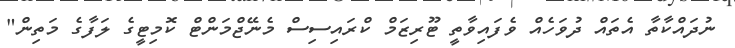
ނުދައްކާތާ އެތައް ދުވަހެއް ވެފައިވާތީ ޓޫރިޒަމް ކްރައިސިސް މެނޭޖްމަންޓް ކޮމިޓީގެ ލަފާގެ މަތިން"